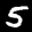
Label: 5